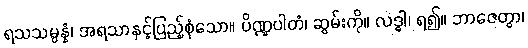
ရသသမ္ပန္နံ၊ အရသာနှင့်ပြည့်စုံသော။ ပိဏ္ဍပါတံ၊ ဆွမ်းကို။ လဒ္ဓါ၊ ရ၍။ ဘာဇေတွာ၊